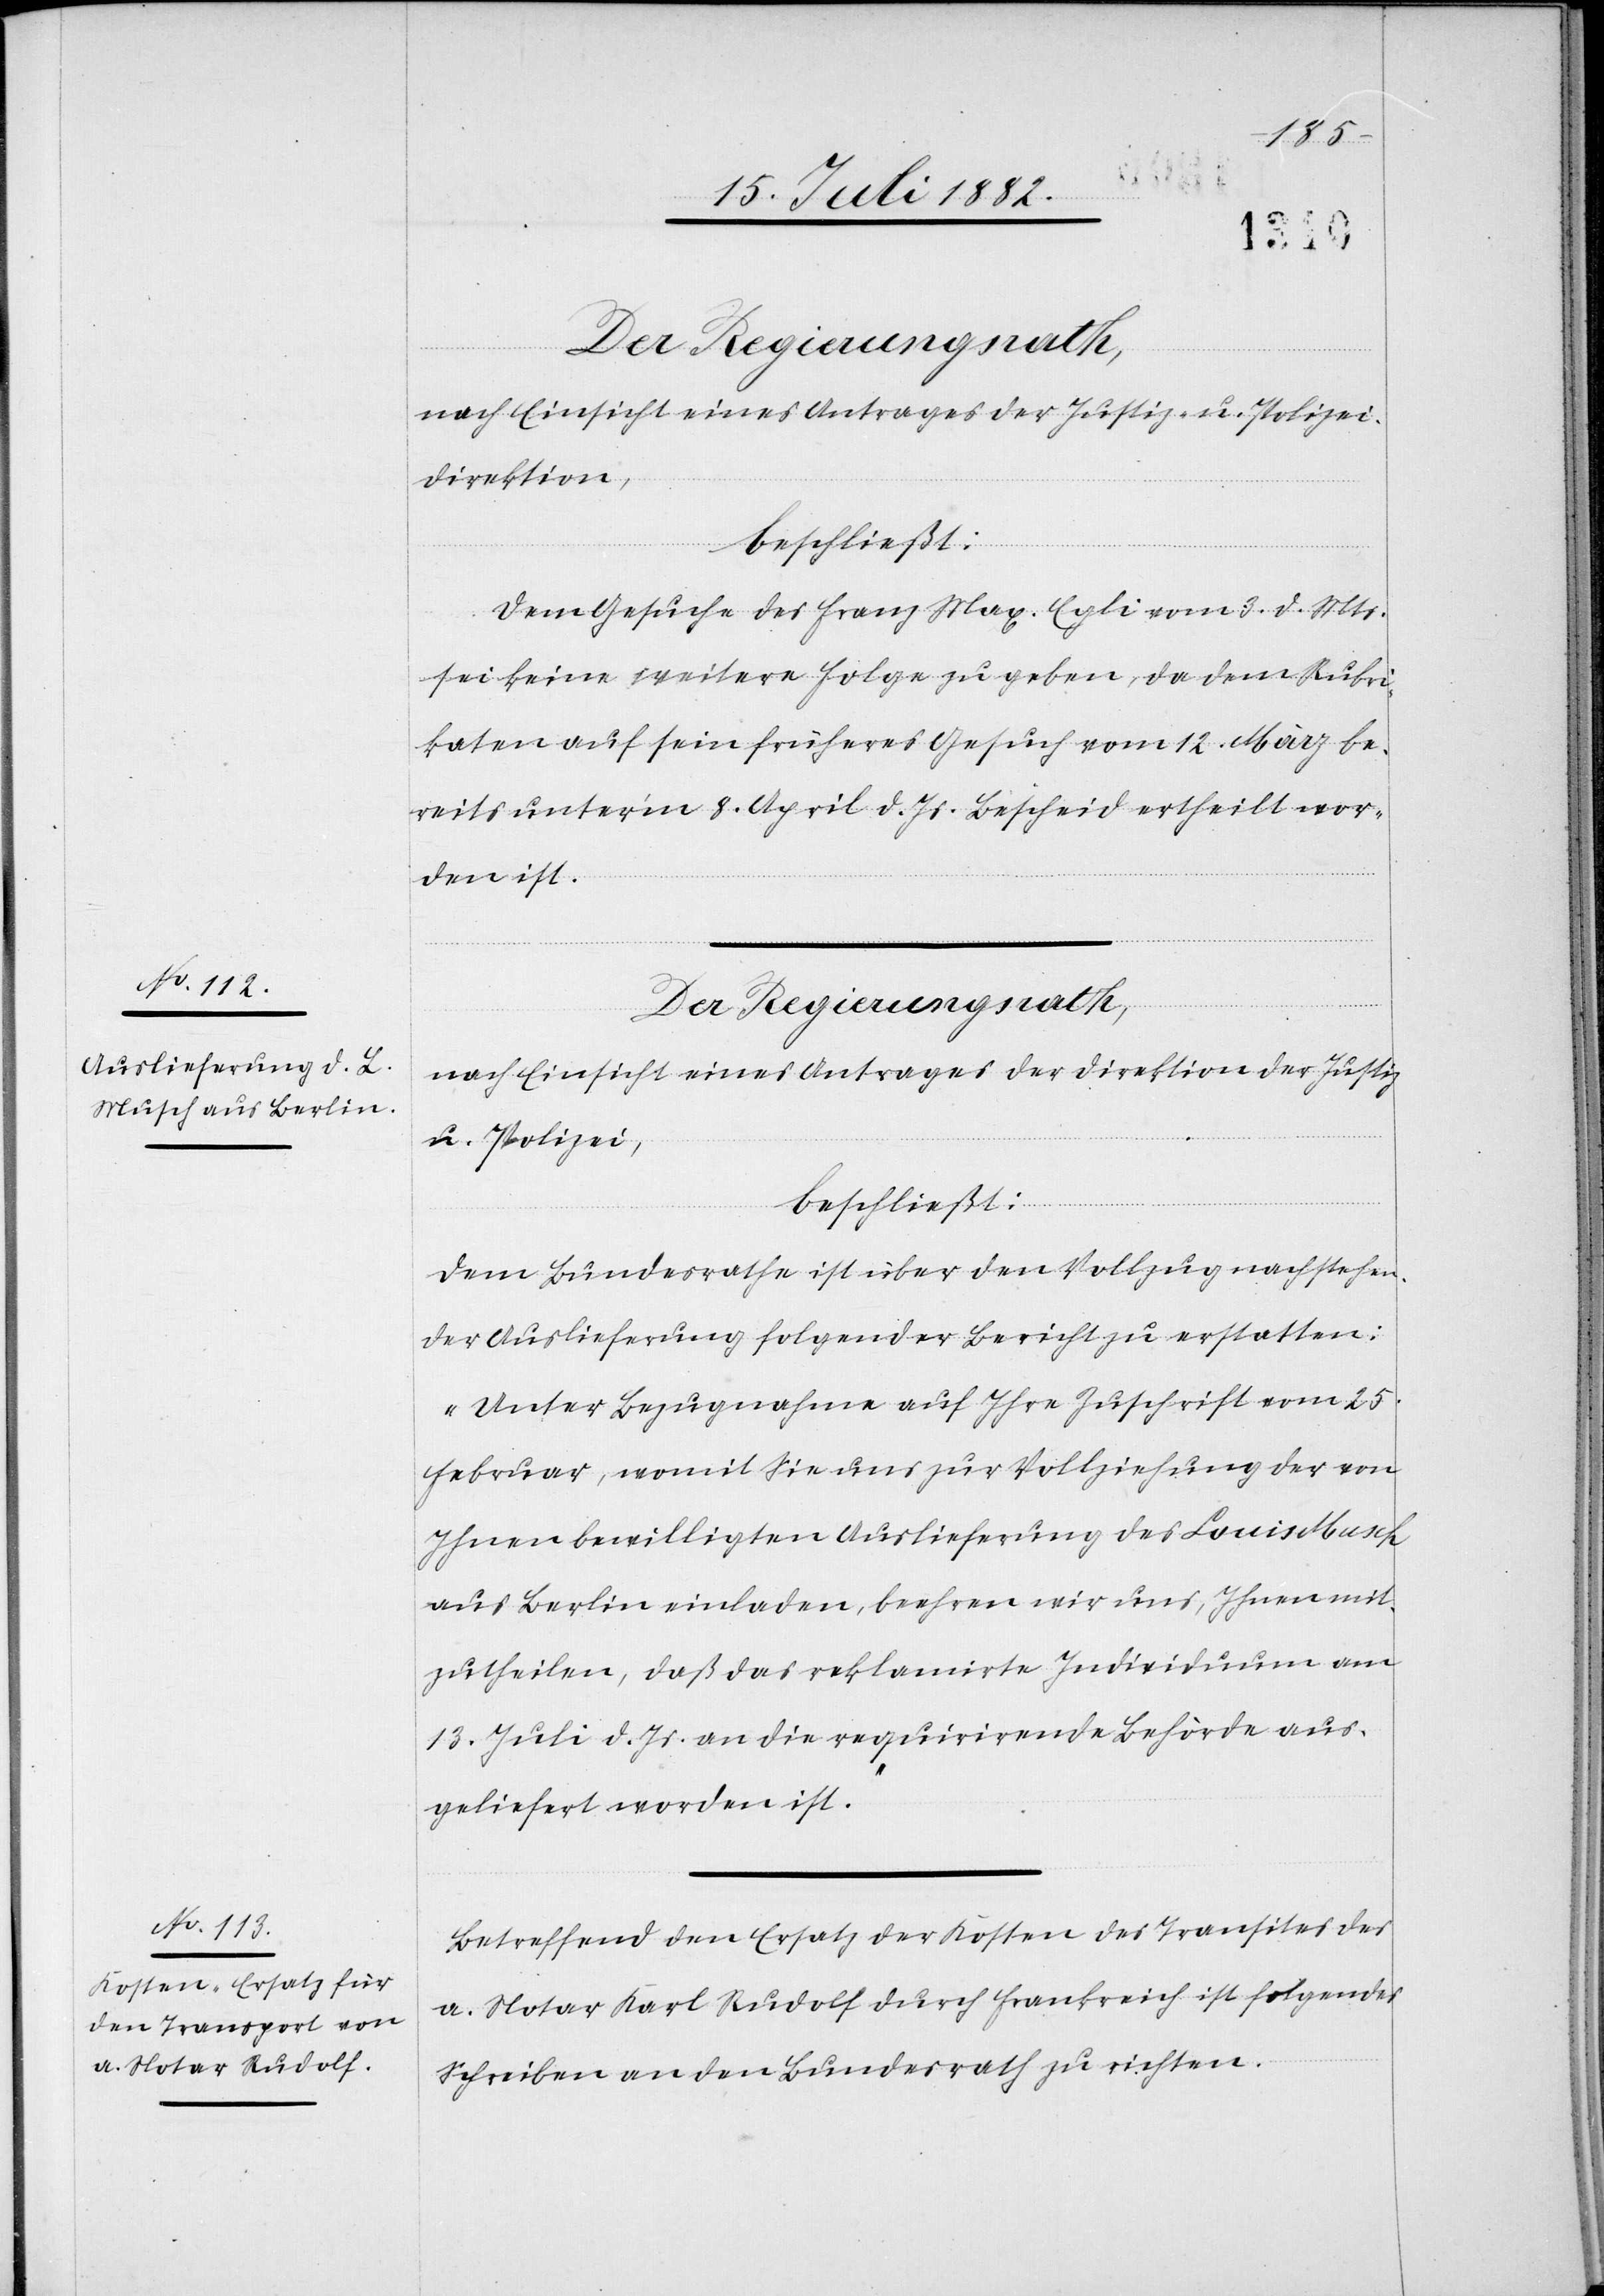
nach Einsicht eines Antrages der Justiz- & Polizei¬
direktion,
beschließt:
Dem Gesuche des Franz Max. Egli vom 3. d. Mts.
sei keine weitere Folge zu geben, da dem Rubri¬
katen auf sein früheres Gesuch vom 12. März be¬
reits unter’m 8. April d. Js. Bescheid ertheilt wor¬
den ist.
Der Regierungsrath,
nach Einsicht eines Antrages der Direktion der Justiz
& Polizei,
beschließt:
Dem Bundesrathe ist über den Vollzug nachstehen¬
der Auslieferung folgender Bericht zu erstatten:
„Unter Bezugnahme auf Ihre Zuschrift vom 25.
Februar, womit Sie uns zur Vollziehung der von
Ihnen bewilligten Auslieferung des Louis Musch
aus Berlin einladen, beehren wir uns, Ihnen mit¬
zutheilen, daß das reklamirte Individuum am
13. Juli d. Js. an die requirirende Behörde aus¬
geliefert worden ist.“
Betreffend den Ersatz der Kosten des Transportes des
a. Notar Karl Rudolf durch Frankreich ist folgendes
Schreiben an den Bundesrath zu richten: